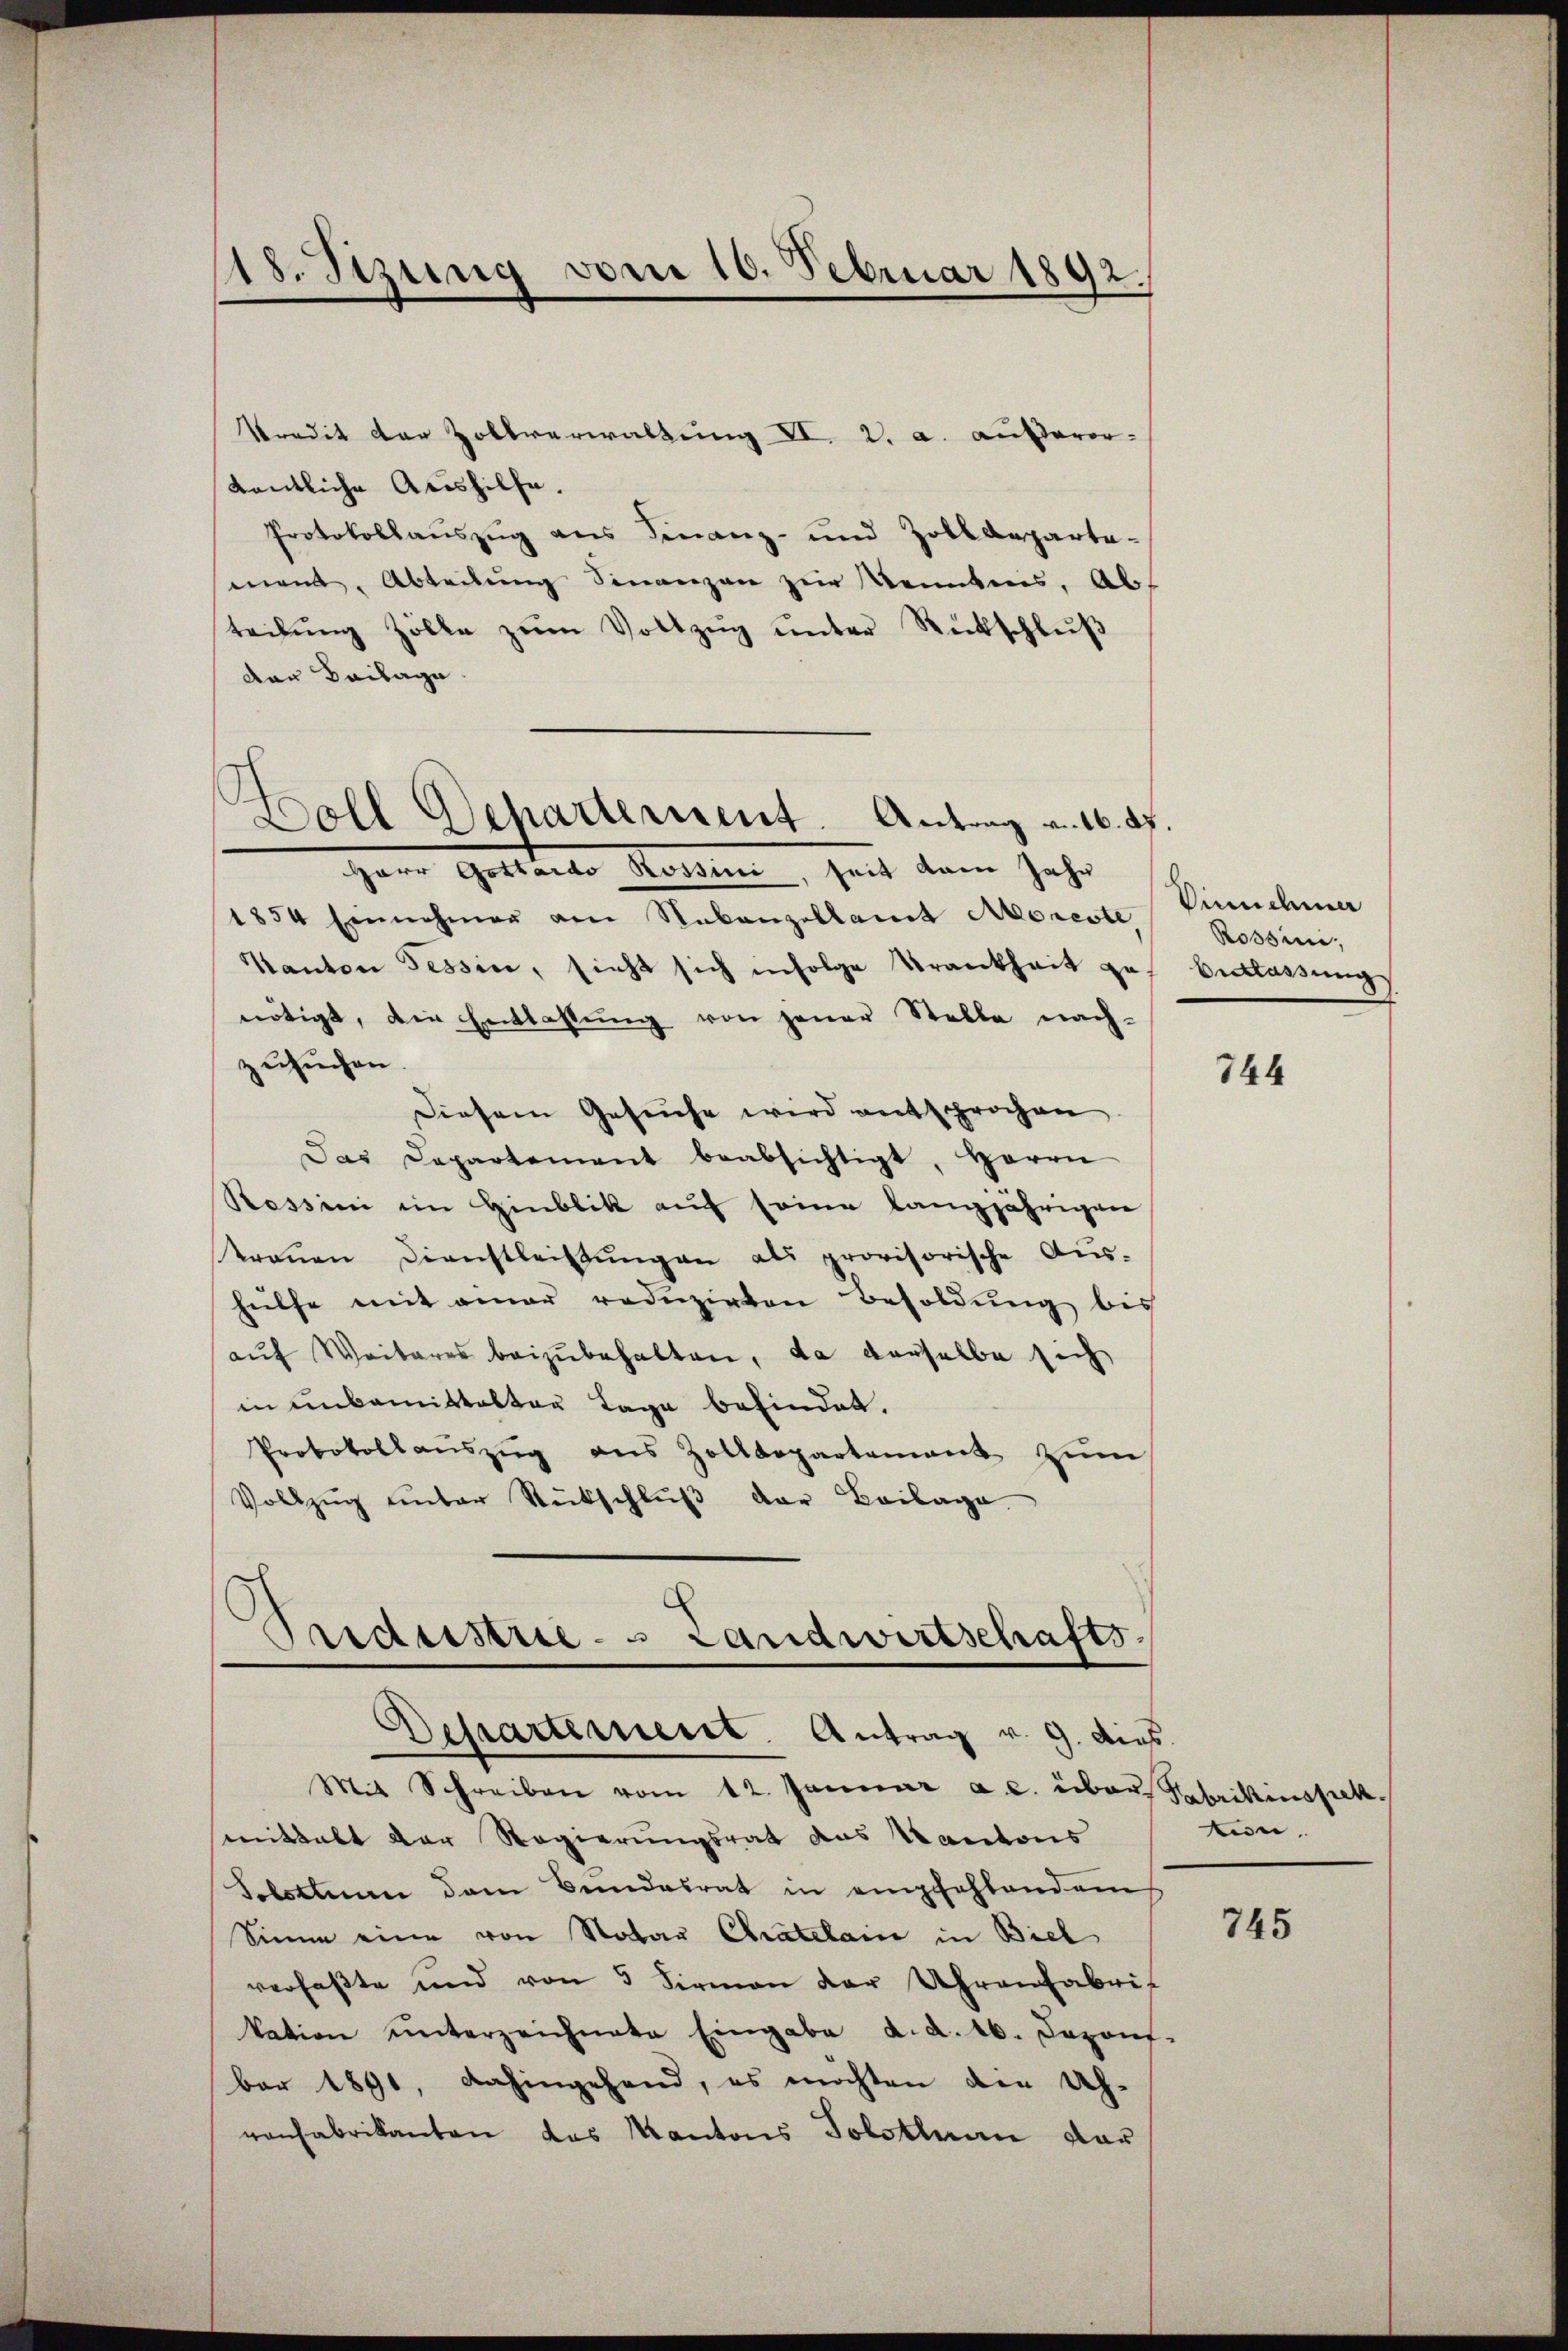
18. Sitzung vom 10. Februar 1892.

kredit der Zollverwaltung VI. 2. a. ausserordentliche Actshilfe.
Protokollauszug aus Finanz- und Zolldeparte-
mand, Abteilung Finanzen zur Kenntnis. Ab
teilŭng Zölle zŭm Vollzŭg ŭnter Rückschlŭβ
der Beilage.
Herr Gottardo Rossini, seit kam Jahr
1854 Einnehmer am Nebenzellant Moreste Vinchma
Kanton Tessin, sieht sich infolge Krankheit ge
nötigt, die Entlassŭng von jener Stelle nach-
zusuchen.
Diesem Gesuche wird entsprochen
Das Departement beabsichtigt, Herrn
Ressini im Hinblik auf seine langjährigen
traŭen Dienstleistŭngen als provisorische Aŭs-
hülfe mit einer reduzirten Besoldung bis
auf Weiteres beizubehalten, da derselbe sich
in unbemittalten Lage befindet.
Protokollauszug aus Zolldepartement zum
Vollzŭg ŭnter Rückschlŭβ der Beilage

Soll Gepartement. Antrag v. 160f.

Oridustrie - Landwirtschafts¬
Departement. Antrag v. 9. dies

Mit Schreiben vom 12. Januar a. c. über Fabrikinspek
smittalt der Regierungsrat das Kantons
Solothurn dem Bundesrat in empfehlendem
Sinne eine von Notar Chratelain in Biel
verfaßte und von 5 Firmen der Uhrenfabri
kation ŭnterzeichnete Eingabe d. d. 16. Deponf.
ber 1891, dahingehend, es möchten die Ueh-
vonfabrikanten das Kantons Solothurn dar

Rossini,
Verlassung

744

tun,

745